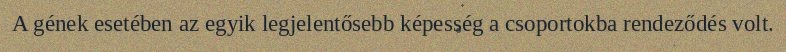
A gének esetében az egyik legjelentősebb képesség a csoportokba rendeződés volt.